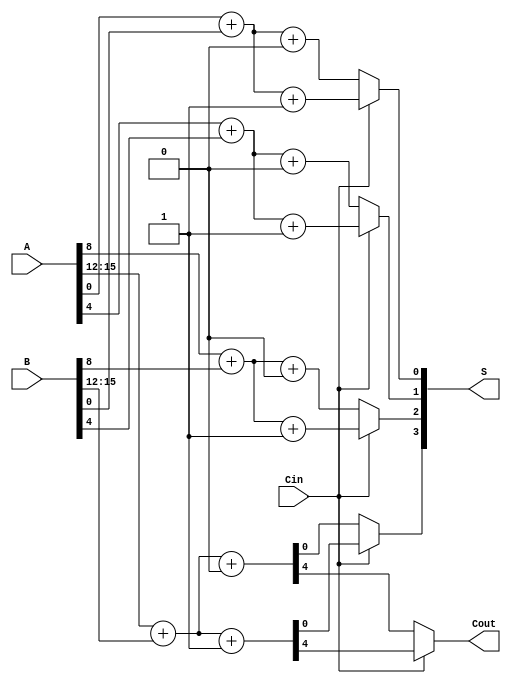
module CarrySelectAdder (
    input [n-1:0] A,  // n-bit input A
    input [n-1:0] B,  // n-bit input B
    input Cin,        // Carry-in
    output [n-1:0] S, // n-bit sum output
    output Cout       // Carry-out
);

parameter n = 16; // Set n to desired bit-width (16 bits in this case)
parameter SEGMENT_SIZE = 4; // Size of each segment (4 bits)

// Internal wires for partial sums and carries
wire [SEGMENT_SIZE-1:0] S0 [0:n/SEGMENT_SIZE-1]; // Sums assuming Cin = 0
wire [SEGMENT_SIZE-1:0] S1 [0:n/SEGMENT_SIZE-1]; // Sums assuming Cin = 1
wire C0 [0:n/SEGMENT_SIZE-1]; // Carries assuming Cin = 0
wire C1 [0:n/SEGMENT_SIZE-1]; // Carries assuming Cin = 1
wire [n/SEGMENT_SIZE:0] C; // Carry outputs to be selected

// Generate carry-select blocks for each segment
genvar i;
generate
    for (i = 0; i < n/SEGMENT_SIZE; i = i + 1) begin : cs_block
        wire [SEGMENT_SIZE-1:0] A_seg = A[i*SEGMENT_SIZE +: SEGMENT_SIZE];
        wire [SEGMENT_SIZE-1:0] B_seg = B[i*SEGMENT_SIZE +: SEGMENT_SIZE];

        // Adder assuming carry-in = 0
        assign {C0[i], S0[i]} = A_seg + B_seg + 1'b0;

        // Adder assuming carry-in = 1
        assign {C1[i], S1[i]} = A_seg + B_seg + 1'b1;

        // Select the carry for the next segment
        if (i == 0) begin
            assign C[i] = Cin; // First block uses the external Cin
        end else begin
            assign C[i] = C0[i-1]; // Carry from previous block if using Cin = 0
        end
        
        // Detect the correct sum and carry based on carry-in
        assign S[i] = (Cin ? S1[i] : S0[i]);
    end
endgenerate

// Final carry-out
assign Cout = (Cin ? C1[n/SEGMENT_SIZE-1] : C0[n/SEGMENT_SIZE-1]);

endmodule